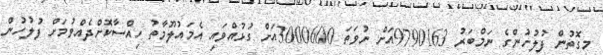
މިގޮތުން ފުލުހުންގެ ނަމްބަރު 9790163އަށް ނުވަތަ 3000600އަށް ގުޅުއްވައި އެމައުލޫމާތު ހިއްސާކޮށްދެއްވުމަށް ފުލުހުން